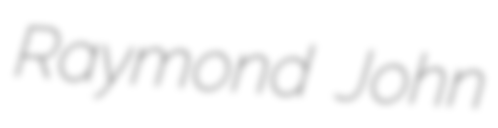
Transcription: Raymond John